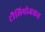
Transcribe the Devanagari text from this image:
टौलिपोअकस